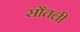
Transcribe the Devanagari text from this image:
सौतली